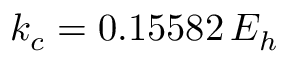
k _ { c } = 0 . 1 5 5 8 2 \, E _ { h }